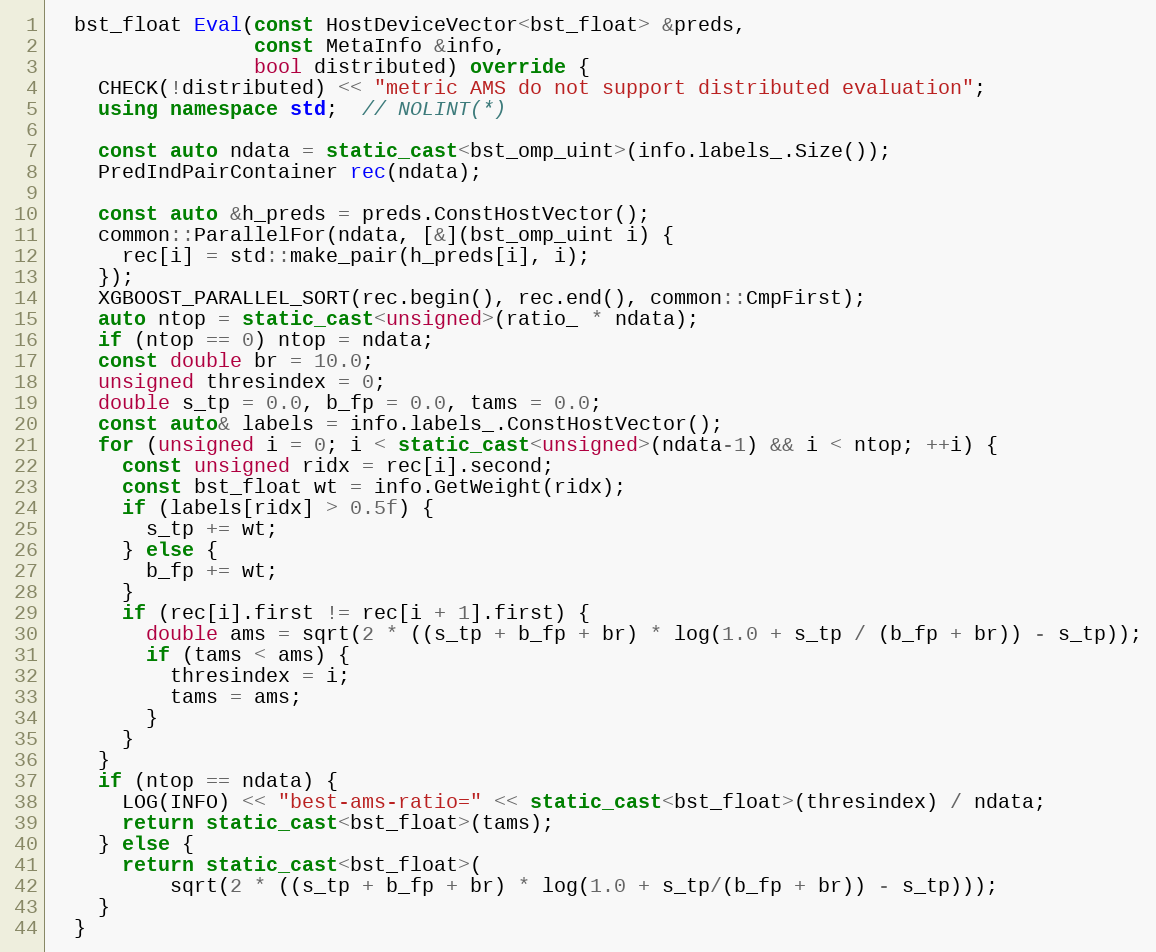
Language: C++
  bst_float Eval(const HostDeviceVector<bst_float> &preds,
                 const MetaInfo &info,
                 bool distributed) override {
    CHECK(!distributed) << "metric AMS do not support distributed evaluation";
    using namespace std;  // NOLINT(*)

    const auto ndata = static_cast<bst_omp_uint>(info.labels_.Size());
    PredIndPairContainer rec(ndata);

    const auto &h_preds = preds.ConstHostVector();
    common::ParallelFor(ndata, [&](bst_omp_uint i) {
      rec[i] = std::make_pair(h_preds[i], i);
    });
    XGBOOST_PARALLEL_SORT(rec.begin(), rec.end(), common::CmpFirst);
    auto ntop = static_cast<unsigned>(ratio_ * ndata);
    if (ntop == 0) ntop = ndata;
    const double br = 10.0;
    unsigned thresindex = 0;
    double s_tp = 0.0, b_fp = 0.0, tams = 0.0;
    const auto& labels = info.labels_.ConstHostVector();
    for (unsigned i = 0; i < static_cast<unsigned>(ndata-1) && i < ntop; ++i) {
      const unsigned ridx = rec[i].second;
      const bst_float wt = info.GetWeight(ridx);
      if (labels[ridx] > 0.5f) {
        s_tp += wt;
      } else {
        b_fp += wt;
      }
      if (rec[i].first != rec[i + 1].first) {
        double ams = sqrt(2 * ((s_tp + b_fp + br) * log(1.0 + s_tp / (b_fp + br)) - s_tp));
        if (tams < ams) {
          thresindex = i;
          tams = ams;
        }
      }
    }
    if (ntop == ndata) {
      LOG(INFO) << "best-ams-ratio=" << static_cast<bst_float>(thresindex) / ndata;
      return static_cast<bst_float>(tams);
    } else {
      return static_cast<bst_float>(
          sqrt(2 * ((s_tp + b_fp + br) * log(1.0 + s_tp/(b_fp + br)) - s_tp)));
    }
  }